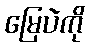
မြေပဲကို